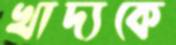
খাদ্যকে